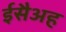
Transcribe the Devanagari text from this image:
ईसैअह